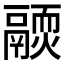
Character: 𩱊